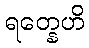
ရတ္နေဟိ